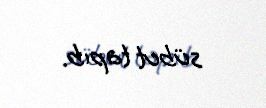
sübut tapıb.